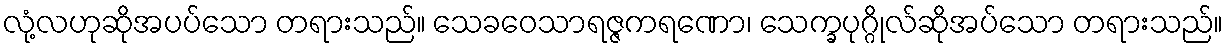
လုံ့လဟုဆိုအပပ်သော တရားသည်။ သေခဝေသာရဇ္ဇကရဏော၊ သေက္ခပုဂ္ဂိုလ်ဆိုအပ်သော တရားသည်။